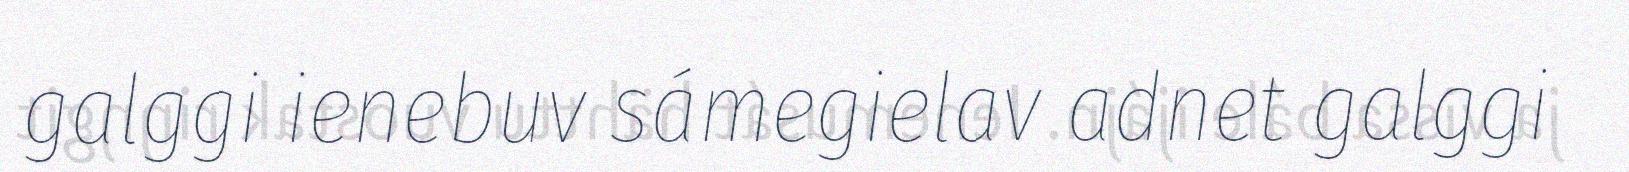
galggi ienebuv sámegielav adnet galggi